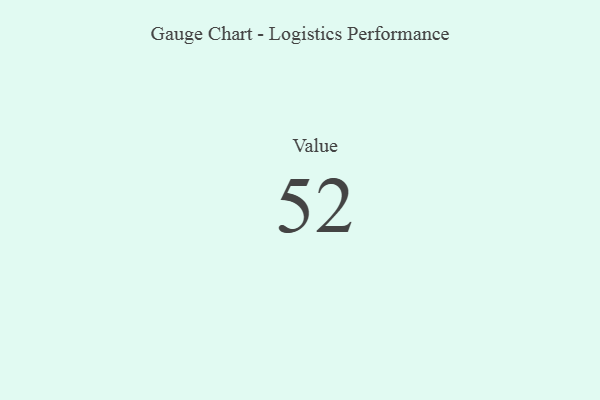
{"axis": {"x": "Metric", "y": "Value"}, "legend": [""], "data": [{"x": "Value", "y": 52, "type": ""}]}